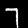
Digit: 7